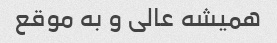
همیشه عالی و به موقع